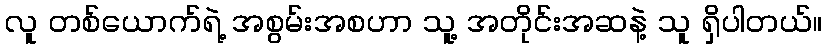
လူ တစ်ယောက်ရဲ့ အစွမ်းအစဟာ သူ့ အတိုင်းအဆနဲ့ သူ ရှိပါတယ်။